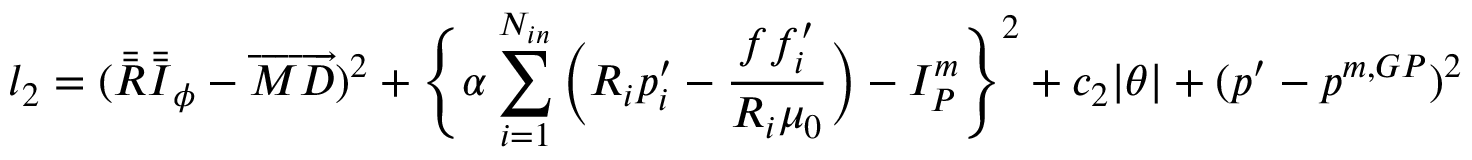
l _ { 2 } = ( \bar { \bar { \boldsymbol { R } } } \bar { \bar { \boldsymbol { I } } } _ { \phi } - \overrightarrow { M D } ) ^ { 2 } + \Bigg \{ \alpha \sum _ { i = 1 } ^ { N _ { i n } } \bigg ( R _ { i } p _ { i } ^ { \prime } - \frac { f f _ { i } ^ { \prime } } { R _ { i } \mu _ { 0 } } \bigg ) - I _ { P } ^ { m } \Bigg \} ^ { 2 } + c _ { 2 } | \theta | + ( p ^ { \prime } - p ^ { m , G P } ) ^ { 2 }